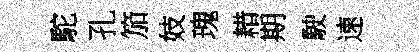
駝孔笳妓瑰耤期駛速